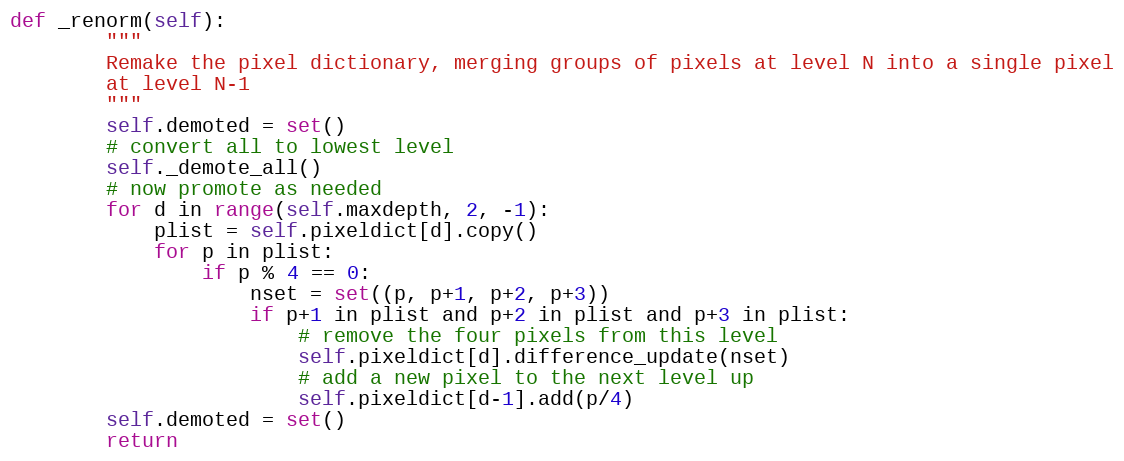
Language: Python
def _renorm(self):
        """
        Remake the pixel dictionary, merging groups of pixels at level N into a single pixel
        at level N-1
        """
        self.demoted = set()
        # convert all to lowest level
        self._demote_all()
        # now promote as needed
        for d in range(self.maxdepth, 2, -1):
            plist = self.pixeldict[d].copy()
            for p in plist:
                if p % 4 == 0:
                    nset = set((p, p+1, p+2, p+3))
                    if p+1 in plist and p+2 in plist and p+3 in plist:
                        # remove the four pixels from this level
                        self.pixeldict[d].difference_update(nset)
                        # add a new pixel to the next level up
                        self.pixeldict[d-1].add(p/4)
        self.demoted = set()
        return